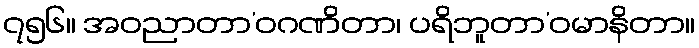
၇၅၆။ အဝညာတာ’ဝဂဏိတာ၊ ပရိဘူတာ’ဝမာနိတာ။